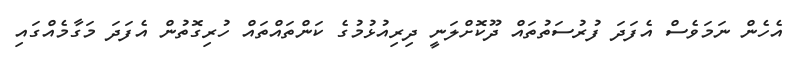
އެހެން ނަމަވެސް އެފަދަ ފުރުސަތުތައް ދޫކޮށްލަނީ ދިރިއުޅުމުގެ ކަންތައްތައް ހުރިގޮތުން އެފަދަ މަގާމެއްގައި